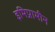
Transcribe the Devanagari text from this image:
इमिप्रामीन